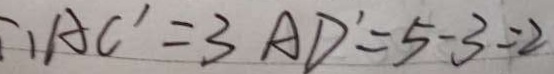
\therefore A C ^ { \prime } = 3 A D ^ { \prime } = 5 - 3 = 2